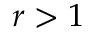
r > 1